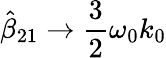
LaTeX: \hat{\beta}_{21}\to\frac{3}{2}\omega_{0}k_{0}